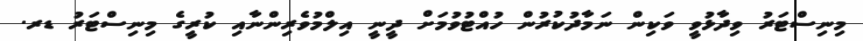
މިނިސްޓަރު ވިދާޅުވީ ވަކިން ނަމާދުކުރުން ހުއްޓުވުމަށް ދީނީ އިލްމުވެރިންނާއި ކުރީގެ މިނިސްޓަރު ޑރ.